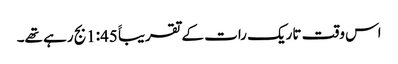
اس وقت تاریک رات کے تقریباََ 1:45بج رہے تھے۔